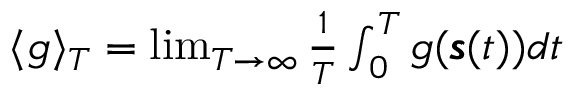
\begin{array} { r } { \langle g \rangle _ { T } = \operatorname* { l i m } _ { T \rightarrow \infty } \frac { 1 } { T } \int _ { 0 } ^ { T } g ( \pmb { s } ( t ) ) d t } \end{array}